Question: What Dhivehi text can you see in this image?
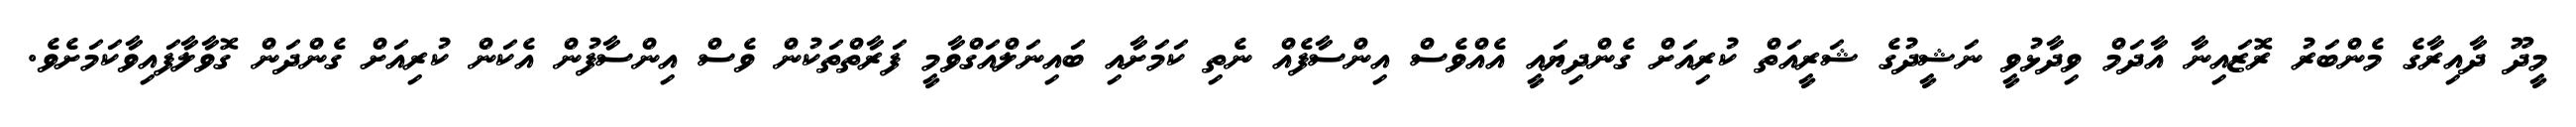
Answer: މީދޫ ދާއިރާގެ މެންބަރު ރޮޒައިނާ އާދަމް ވިދާޅުވީ ނަޝީދުގެ ޝަރީއަތް ކުރިއަށް ގެންދިޔައީ އެއްވެސް އިންސާފެއް ނެތި ކަމަށާއި ބައިނަލްއަގްވާމީ ފަރާތްތަކުން ވެސް އިންސާފުން އެކަން ކުރިއަށް ގެންދަން ގޮވާލާފައިވާކަމަށެވެ.